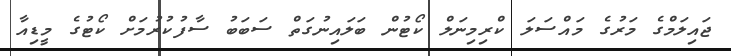
ޖައިލަމްގެ މަރުގެ މައްސަލަ ކްރިމިނަލް ކޯޓުން ބަލައިނުގަތް ސަބަބު ސާފުކުރުމަށް ކޯޓުގެ މީޑިއާ